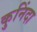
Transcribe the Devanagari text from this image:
कुनिंदा